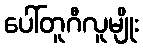
ပေါ်တူဂီလူမျိုး